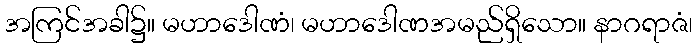
အကြင်အခါ၌။ မဟာဒေါဏံ၊ မဟာဒေါဏအမည်ရှိသော။ နာဂရာဇံ၊